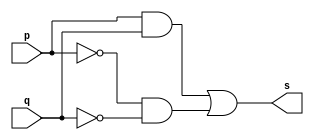
// ---------------------
// Exercicio 07  - XNOR
// Nome: Josu
// ---------------------


// ---------------------
// -- xnor gate
// ---------------------
module xnorgate (output s, input p, input q);

    assign s = ( (p & q) | (~(p) & ~(q)) );

endmodule


// ---------------------
// -- test xnorgate
// ---------------------
module testxnorgate;

    reg a, b;
    wire s;

    xnorgate XNOR1 (s, a, b);

    initial begin:main
        $display("test xnor:");
        $display("\n ( (p & q) | (~(p) & ~(q)) ) = s \n");
        $monitor(" ( (%b & %b) | (~(%b) & ~(%b)) ) = %b", a, b, a, b, s);

        a = 0;
        b = 0;

        #1  a = 0;    b = 1;
        #1  a = 1;    b = 0;
        #1  a = 1;    b = 1;
    end

endmodule